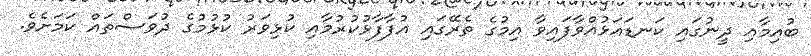
ބުއިމާއި ދީނުގައި ކަނޑައަޅުއްވާފައިވާ އިމުގެ ތެރޭގައި އުފާފާޅުކުރުމާއި ކުޅިވަރު ކުޅުމުގެ ދުވަސްތައް ކަމަށެވެ.